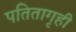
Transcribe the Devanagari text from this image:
पतितागृही